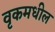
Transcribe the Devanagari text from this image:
वृकमधील